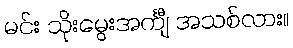
မင်း သိုးမွေးအင်္ကျီ အသစ်လား။